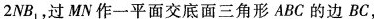
2 N B _ { 1 }$$，过MN作一平面交底面三角形ABC的边BC，